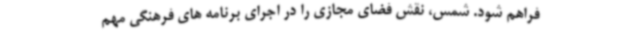
فراهم شود. شمس، نقش فضای مجازی را در اجرای برنامه های فرهنگی مهم